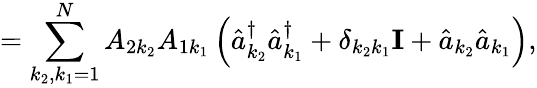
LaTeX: =\sum_{k_{2},k_{1}=1}^{N}A_{2k_{2}}A_{1k_{1}}\left(\hat{a}_{k_{2}}^{\dagger}\hat{a}_{k_{1}}^{\dagger}+\delta_{k_{2}k_{1}}\mathbf{I}+\hat{a}_{k_{2}}\hat{a}_{k_{1}}\right),